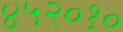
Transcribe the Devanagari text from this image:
४५२०१०